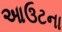
આઉટના